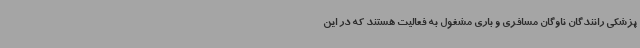
پزشکی رانندگان ناوگان مسافری و باری مشغول به فعالیت هستند که در این